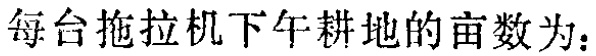
每台拖拉机下午耕地的亩数为：